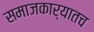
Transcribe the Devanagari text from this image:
समाजकार्यातच